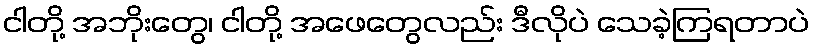
ငါတို့ အဘိုးတွေ၊ ငါတို့ အဖေတွေလည်း ဒီလိုပဲ သေခဲ့ကြရတာပဲ